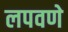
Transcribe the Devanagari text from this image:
लपवणे